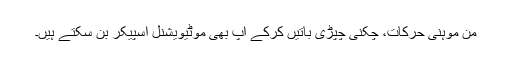
من موہنی حرکات، چکنی چپڑی باتیں کرکے آپ بھی موٹیویشنل اسپیکر بن سکتے ہیں۔